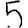
Digit: 5